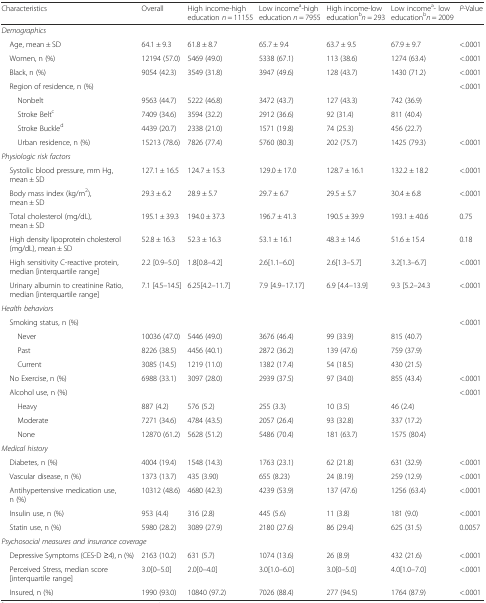
<table><thead><tr><td><b>Characteristics</b></td><td><b>Overall</b></td><td><b>High income-high education <i>n</i> = 11155</b></td><td><b>Low income<sup>a</sup>-high education <i>n</i> = 7955</b></td><td><b>High income-low education<sup>b</sup><i>n</i> = 293</b></td><td><b>Low income<sup>a</sup>- low education<sup>b</sup><i>n</i> = 2009</b></td><td><b><i>P</i>-Value</b></td></tr></thead><tbody><tr><td colspan="7"><i>Demographics</i></td></tr><tr><td> Age, mean ± SD</td><td>64.1 ± 9.3</td><td>61.8 ± 8.7</td><td>65.7 ± 9.4</td><td>63.7 ± 9.5</td><td>67.9 ± 9.7</td><td>&lt;.0001</td></tr><tr><td> Women, n (%)</td><td>12194 (57.0)</td><td>5469 (49.0)</td><td>5338 (67.1)</td><td>113 (38.6)</td><td>1274 (63.4)</td><td>&lt;.0001</td></tr><tr><td> Black, n (%)</td><td>9054 (42.3)</td><td>3549 (31.8)</td><td>3947 (49.6)</td><td>128 (43.7)</td><td>1430 (71.2)</td><td>&lt;.0001</td></tr><tr><td> Region of residence, n (%)</td><td></td><td></td><td></td><td></td><td></td><td>&lt;.0001</td></tr><tr><td>Nonbelt</td><td>9563 (44.7)</td><td>5222 (46.8)</td><td>3472 (43.7)</td><td>127 (43.3)</td><td>742 (36.9)</td><td></td></tr><tr><td>Stroke Belt<sup>c</sup></td><td>7409 (34.6)</td><td>3594 (32.2)</td><td>2912 (36.6)</td><td>92 (31.4)</td><td>811 (40.4)</td><td></td></tr><tr><td>Stroke Buckle<sup>d</sup></td><td>4439 (20.7)</td><td>2338 (21.0)</td><td>1571 (19.8)</td><td>74 (25.3)</td><td>456 (22.7)</td><td></td></tr><tr><td>Urban residence, n (%)</td><td>15213 (78.6)</td><td>7826 (77.4)</td><td>5760 (80.3)</td><td>202 (75.7)</td><td>1425 (79.3)</td><td>&lt;.0001</td></tr><tr><td colspan="7"><i>Physiologic risk factors</i></td></tr><tr><td> Systolic blood pressure, mm Hg, mean ± SD</td><td>127.1 ± 16.5</td><td>124.7 ± 15.3</td><td>129.0 ± 17.0</td><td>128.7 ± 16.1</td><td>132.2 ± 18.2</td><td>&lt;.0001</td></tr><tr><td> Body mass index (kg/m<sup>2</sup>), mean ± SD</td><td>29.3 ± 6.2</td><td>28.9 ± 5.7</td><td>29.7 ± 6.7</td><td>29.5 ± 5.7</td><td>30.4 ± 6.8</td><td>&lt;.0001</td></tr><tr><td> Total cholesterol (mg/dL), mean ± SD</td><td>195.1 ± 39.3</td><td>194.0 ± 37.3</td><td>196.7 ± 41.3</td><td>190.5 ± 39.9</td><td>193.1 ± 40.6</td><td>0.75</td></tr><tr><td> High density lipoprotein cholesterol (mg/dL), mean ± SD</td><td>52.8 ± 16.3</td><td>52.3 ± 16.3</td><td>53.1 ± 16.1</td><td>48.3 ± 14.6</td><td>51.6 ± 15.4</td><td>0.18</td></tr><tr><td> High sensitivity C-reactive protein, median [interquartile range]</td><td>2.2 [0.9–5.0]</td><td>1.8[0.8–4.2]</td><td>2.6[1.1–6.0]</td><td>2.6[1.3–5.7]</td><td>3.2[1.3–6.7]</td><td>&lt;.0001</td></tr><tr><td> Urinary albumin to creatinine Ratio, median [interquartile range]</td><td>7.1 [4.5–14.5]</td><td>6.25[4.2–11.7]</td><td>7.9 [4.9–17.17]</td><td>6.9 [4.4–13.9]</td><td>9.3 [5.2–24.3</td><td>&lt;.0001</td></tr><tr><td colspan="7"><i>Health behaviors</i></td></tr><tr><td> Smoking status, n (%)</td><td></td><td></td><td></td><td></td><td></td><td>&lt;.0001</td></tr><tr><td>Never</td><td>10036 (47.0)</td><td>5446 (49.0)</td><td>3676 (46.4)</td><td>99 (33.9)</td><td>815 (40.7)</td><td></td></tr><tr><td>Past</td><td>8226 (38.5)</td><td>4456 (40.1)</td><td>2872 (36.2)</td><td>139 (47.6)</td><td>759 (37.9)</td><td></td></tr><tr><td>Current</td><td>3085 (14.5)</td><td>1219 (11.0)</td><td>1382 (17.4)</td><td>54 (18.5)</td><td>430 (21.5)</td><td></td></tr><tr><td> No Exercise, n (%)</td><td>6988 (33.1)</td><td>3097 (28.0)</td><td>2939 (37.5)</td><td>97 (34.0)</td><td>855 (43.4)</td><td>&lt;.0001</td></tr><tr><td> Alcohol use, n (%)</td><td></td><td></td><td></td><td></td><td></td><td>&lt;.0001</td></tr><tr><td>Heavy</td><td>887 (4.2)</td><td>576 (5.2)</td><td>255 (3.3)</td><td>10 (3.5)</td><td>46 (2.4)</td><td></td></tr><tr><td>Moderate</td><td>7271 (34.6)</td><td>4784 (43.5)</td><td>2057 (26.4)</td><td>93 (32.8)</td><td>337 (17.2)</td><td></td></tr><tr><td>None</td><td>12870 (61.2)</td><td>5628 (51.2)</td><td>5486 (70.4)</td><td>181 (63.7)</td><td>1575 (80.4)</td><td></td></tr><tr><td colspan="7"><i>Medical history</i></td></tr><tr><td> Diabetes, n (%)</td><td>4004 (19.4)</td><td>1548 (14.3)</td><td>1763 (23.1)</td><td>62 (21.8)</td><td>631 (32.9)</td><td>&lt;.0001</td></tr><tr><td> Vascular disease, n (%)</td><td>1373 (13.7)</td><td>435 (3.90)</td><td>655 (8.23)</td><td>24 (8.19)</td><td>259 (12.9)</td><td>&lt;.0001</td></tr><tr><td> Antihypertensive medication use, n (%)</td><td>10312 (48.6)</td><td>4680 (42.3)</td><td>4239 (53.9)</td><td>137 (47.6)</td><td>1256 (63.4)</td><td>&lt;.0001</td></tr><tr><td> Insulin use, n (%)</td><td>953 (4.4)</td><td>316 (2.8)</td><td>445 (5.6)</td><td>11 (3.8)</td><td>181 (9.0)</td><td>&lt;.0001</td></tr><tr><td> Statin use, n (%)</td><td>5980 (28.2)</td><td>3089 (27.9)</td><td>2180 (27.6)</td><td>86 (29.4)</td><td>625 (31.5)</td><td>0.0057</td></tr><tr><td colspan="7"><i>Psychosocial measures and insurance coverage</i></td></tr><tr><td> Depressive Symptoms (CES-D ≥4), n (%)</td><td>2163 (10.2)</td><td>631 (5.7)</td><td>1074 (13.6)</td><td>26 (8.9)</td><td>432 (21.6)</td><td>&lt;.0001</td></tr><tr><td> Perceived Stress, median score [interquartile range]</td><td>3.0[0–5.0]</td><td>2.0[0–4.0]</td><td>3.0[1.0–6.0]</td><td>3.0[0–5.0]</td><td>4.0[1.0–7.0]</td><td>&lt;.0001</td></tr><tr><td> Insured, n (%)</td><td>1990 (93.0)</td><td>10840 (97.2)</td><td>7026 (88.4)</td><td>277 (94.5)</td><td>1764 (87.9)</td><td>&lt;.0001</td></tr></tbody></table>